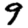
Digit: 9